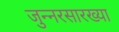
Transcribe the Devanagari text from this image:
जुन्नरसारख्या